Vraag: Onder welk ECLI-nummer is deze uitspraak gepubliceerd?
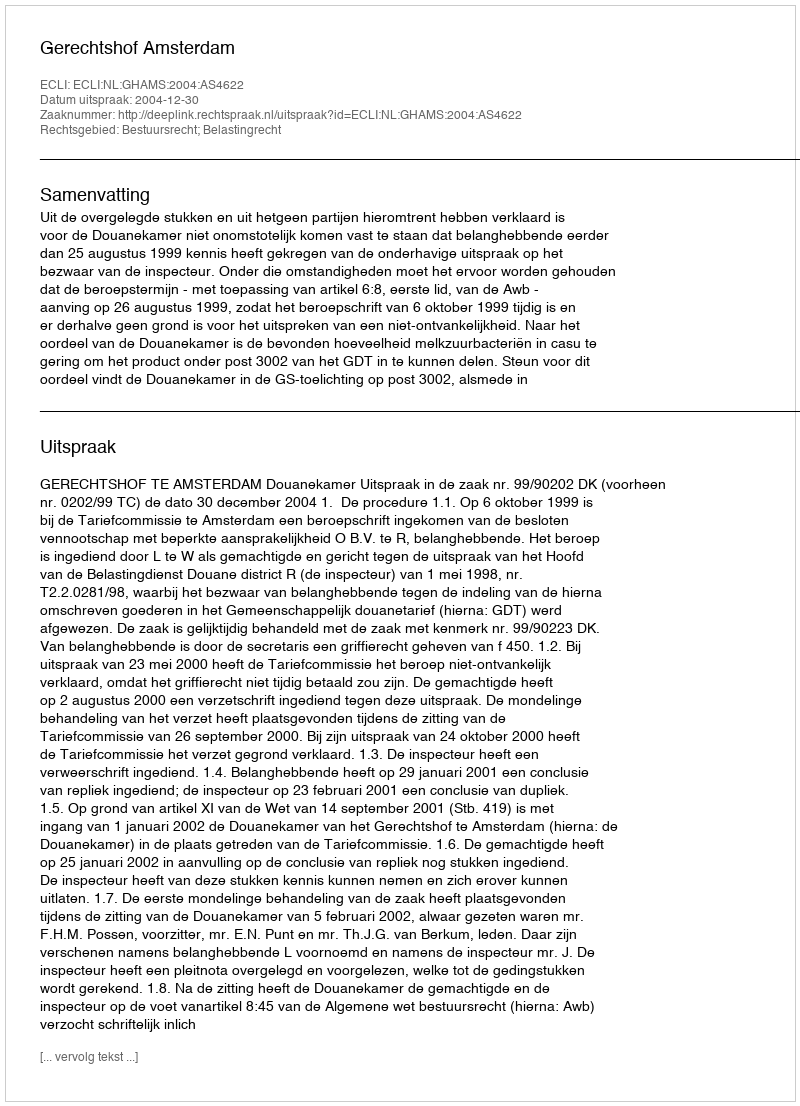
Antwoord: ECLI:NL:GHAMS:2004:AS4622